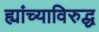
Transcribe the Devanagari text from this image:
ह्यांच्याविरुद्ध